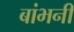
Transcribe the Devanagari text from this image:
बांभनी